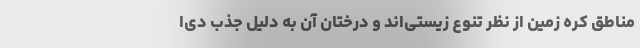
مناطق کره زمین از نظر تنوع زیستی‌اند و درختان آن به دلیل جذب دی‌ا